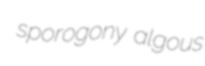
sporogony algous